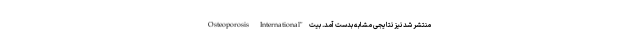
Osteoporosis International" منتشر شد نیز نتایجی مشابه بدست آمد. بیت